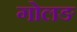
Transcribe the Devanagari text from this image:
गोलङ